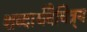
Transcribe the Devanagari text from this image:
शब्दार्थवैचित्र्य